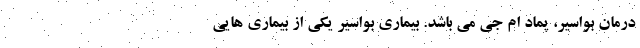
درمان بواسیر، پماد ام جی می باشد. بیماری بواسیر یکی از بیماری هایی